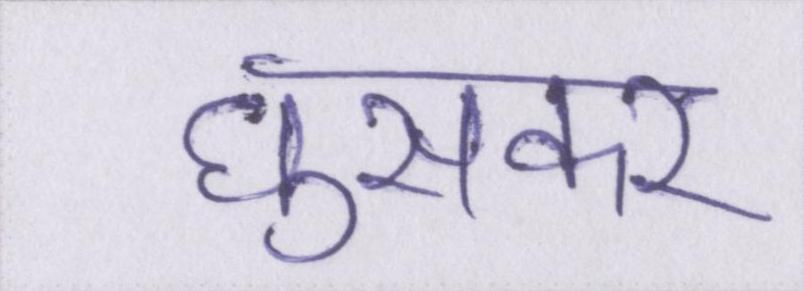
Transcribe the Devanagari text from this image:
घुसकर